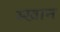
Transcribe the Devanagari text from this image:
स्खान